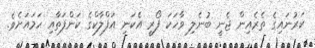
ކަރުނައިގެ ތެރެއިން ޖެނީ ބުނެލި ވާހަކަ ފޯރީ އެކަނި އަފްލާކްގެ ކަންފަތާއި ހަމައަށެވެ.